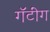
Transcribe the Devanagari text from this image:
गॅटींग